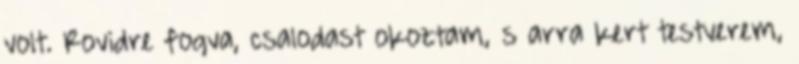
volt. Rovidre fogva, csalodast okoztam, s arra kert testverem,